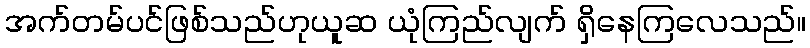
အက်တမ်ပင်ဖြစ်သည်ဟုယူဆ ယုံကြည်လျက် ရှိနေကြလေသည်။